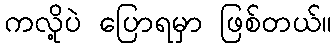
ကလို့ပဲ ပြောရမှာ ဖြစ်တယ်။